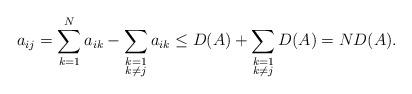
LaTeX: \begin{align*} a_{ij} = \sum_{k=1}^N a_{ik} - \sum_{\substack{k=1\\k\ne j\\}} a_{ik} \le D(A) + \sum_{\substack{k=1\\k\ne j\\}} D(A) = ND(A).\end{align*}